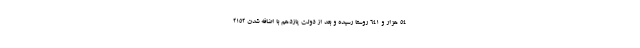
۵۴ هزار و ۶۴۱ روستا رسیده و بعد از دولت یازدهم با اضافه شدن ۲۱۵۲